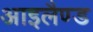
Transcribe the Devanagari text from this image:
आइलैण्‍ड